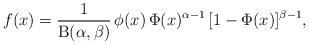
LaTeX: \begin{align*}f(x)=\frac{1}{\mathrm{B}(\alpha,\beta)}\,\phi(x)\,\Phi(x)^{\alpha-1}\,[1-\Phi(x)]^{\beta-1},\end{align*}